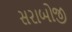
સરાબોજી